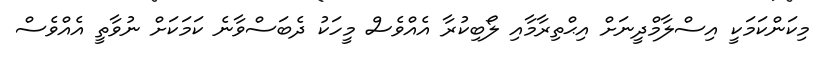
މިކަންކަމަކީ އިސްލާމްދީނަށް އިޙްތިރާމާއި ލޯބިކުރާ އެއްވެސް މީހަކު ދެބަސްވާނެ ކަމަކަށް ނުވާތީ އެއްވެސް